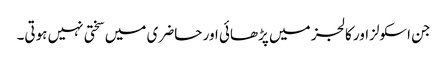
جن اسکولزاور کالجز میں پڑھائی اور حاضری میں سختی نہیں ہوتی۔